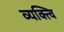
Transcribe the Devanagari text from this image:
व्यक्त्वि